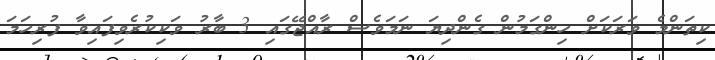
ކިތަންމެ ވަރަކަށް ހިންގަމުން ގެންދިޔަ ނަމަވެސް ރާއްޖޭގައި 3 ބާރު ވަކިކުރެވިފައިވާ ފުރިހަމަ